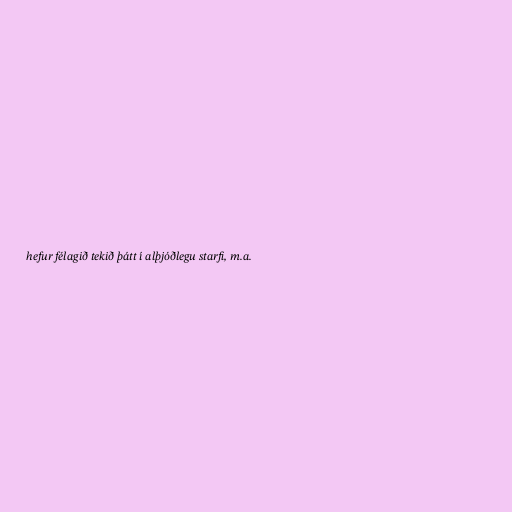
hefur félagið tekið þátt í alþjóðlegu starfi, m.a.